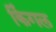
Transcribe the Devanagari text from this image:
किंगल